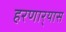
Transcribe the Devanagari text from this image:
हरणार्‍यास